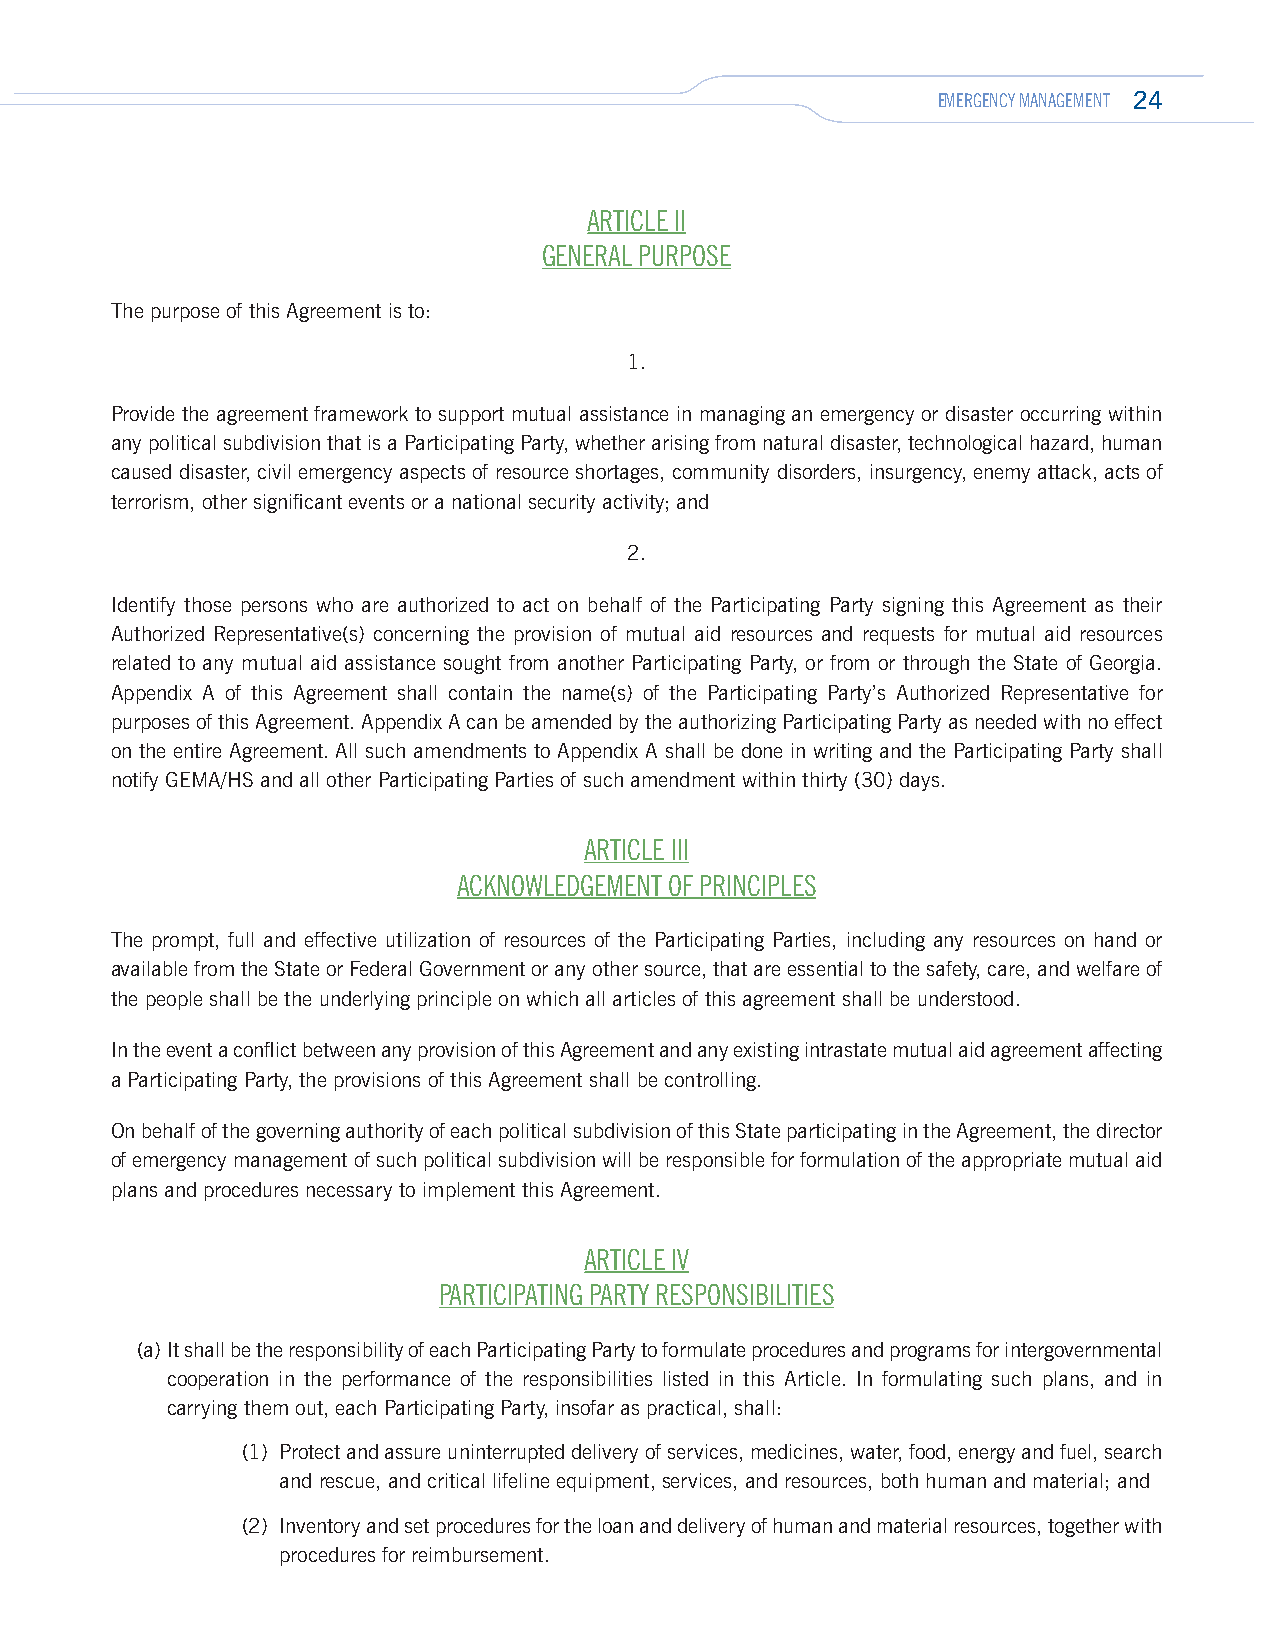
EMERGENCY MANAGEMENT 24
 ARTICLE II
 GENERAL PURPOSE
 The purpose of this Agreement is to:
 1.
 Provide the agreement framework to support mutual assistance in managing an emergency or disaster occurring within
 any political subdivision that is a Participating Party, whether arising from natural disaster, technological hazard, human
 caused disaster, civil emergency aspects of resource shortages, community disorders, insurgency, enemy attack, acts of
 terrorism, other significant events or a national security activity; and
 2.
 Identify those persons who are authorized to act on behalf of the Participating Party signing this Agreement as their
 Authorized Representative(s) concerning the provision of mutual aid resources and requests for mutual aid resources
 related to any mutual aid assistance sought from another Participating Party, or from or through the State of Georgia.
 Appendix A of this Agreement shall contain the name(s) of the Participating Party’s Authorized Representative for
 purposes of this Agreement. Appendix A can be amended by the authorizing Participating Party as needed with no effect
 on the entire Agreement. All such amendments to Appendix A shall be done in writing and the Participating Party shall
 notify GEMA/HS and all other Participating Parties of such amendment within thirty (30) days.
 ARTICLE III
 ACKNOWLEDGEMENT OF PRINCIPLES
 The prompt, full and effective utilization of resources of the Participating Parties, including any resources on hand or
 available from the State or Federal Government or any other source, that are essential to the safety, care, and welfare of
 the people shall be the underlying principle on which all articles of this agreement shall be understood.
 In the event a conflict between any provision of this Agreement and any existing intrastate mutual aid agreement affecting
 a Participating Party, the provisions of this Agreement shall be controlling.
 On behalf of the governing authority of each political subdivision of this State participating in the Agreement, the director
 of emergency management of such political subdivision will be responsible for formulation of the appropriate mutual aid
 plans and procedures necessary to implement this Agreement.
 ARTICLE IV
 PARTICIPATING PARTY RESPONSIBILITIES
 (a) It shall be the responsibility of each Participating Party to formulate procedures and programs for intergovernmental
 cooperation in the performance of the responsibilities listed in this Article. In formulating such plans, and in
 carrying them out, each Participating Party, insofar as practical, shall:
 (1) Protect and assure uninterrupted delivery of services, medicines, water, food, energy and fuel, search
 and rescue, and critical lifeline equipment, services, and resources, both human and material; and
 (2) Inventory and set procedures for the loan and delivery of human and material resources, together with
 procedures for reimbursement.